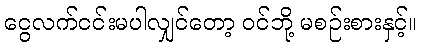
ငွေလက်ငင်းမပါလျှင်တော့ ဝင်ဘို့ မစဉ်းစားနှင့်။